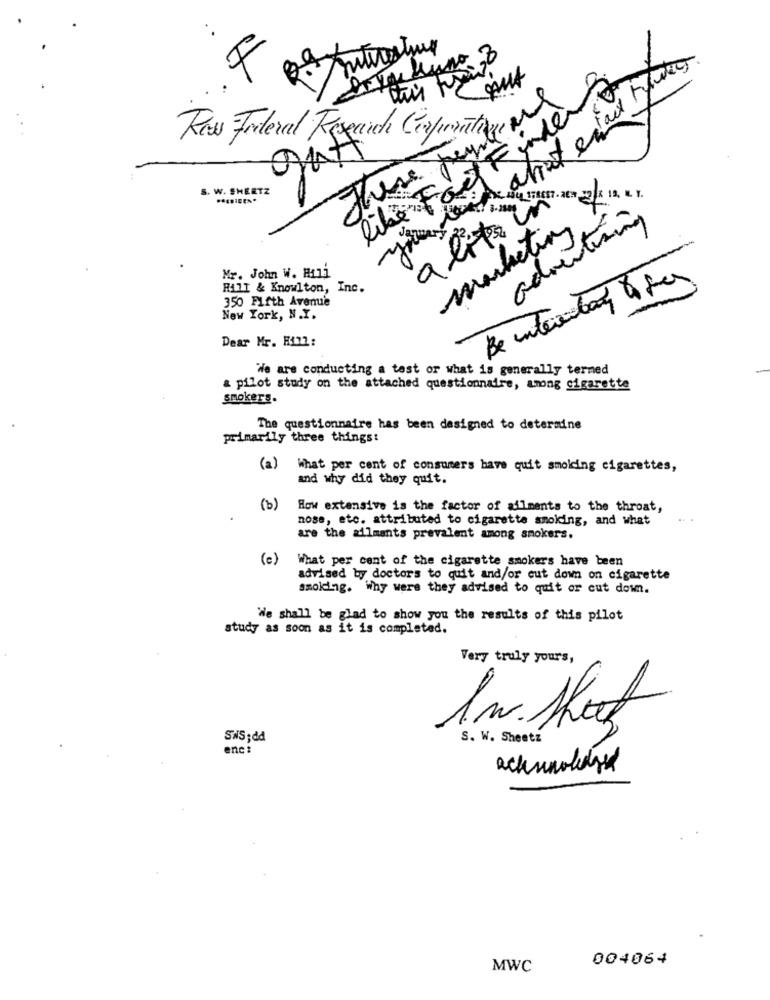
F
These three new
Raw Federal Reseaich Corporative
S. W. SHEETZ
a lite W
you
marketing
advertising
Mr. John W. Hali
Be internetary 0 per
Fill & Knowlton, Inc.
350 Fifth Avenue
New York, N.I.
Dear Mr. H112:
We are conducting a test or what is generally terned
& pilot study on the attached questionnaire, among cigarette
smokers.
The questionnaire has been designed to determine
primarily three things!
(a) What per cent of consumers have quit smoking cigarettes,
and why did they quit.
(b)
How extensive is the factor of ailments to the throat,
nose, etc. attributed to cigarette smoking, and what
are the ailments prevalent among smokers.
(c)
What per cent of the cigarette smokers have been
advised by doctors to quit and/or cut down on cigarette
smolding. Why were they advised to quit or cut down.
We shall be glad to show you the results of this pilot
study as soon as it is completed.
Very truly yours,
In. Skat
SWS; dd
S. W. Sheetz
enc :
004064
MWC